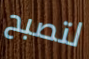
لتصبح